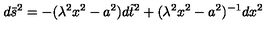
d \bar { s } ^ { 2 } = - ( \lambda ^ { 2 } x ^ { 2 } - a ^ { 2 } ) d \tilde { t } ^ { 2 } + ( \lambda ^ { 2 } x ^ { 2 } - a ^ { 2 } ) ^ { - 1 } d x ^ { 2 }